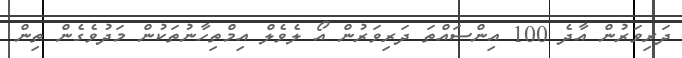
ދަރިވަރުން އާދެ 100 އިންސައްތަ ދަރިވަރުން އޯ ލެވެލް އިމްތިހާނުތަކުން މަދުވެގެން ތިން